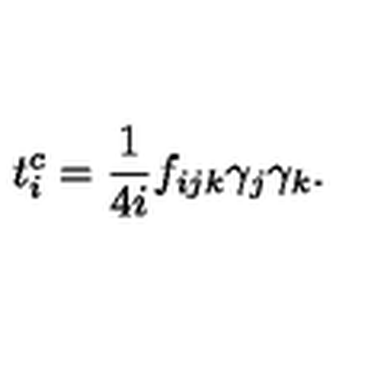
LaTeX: t _ { i } ^ { c } = \frac { 1 } { 4 i } f _ { i j k } { { \gamma } } _ { j } { { \gamma } } _ { k } .